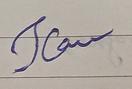
Signature authenticity: forged